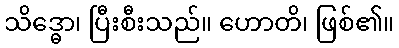
သိဒ္ဓော၊ ပြီးစီးသည်။ ဟောတိ၊ ဖြစ်၏။